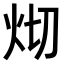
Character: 𤆻